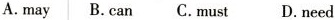
A.may B.can C.must D.need